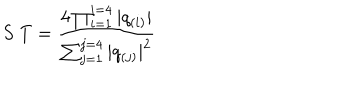
S \; T = { \frac { 4 \prod _ { i = 1 } ^ { i = 4 } | q _ { ( i ) } | } { \sum _ { j = 1 } ^ { j = 4 } | q _ { ( j ) } | ^ { 2 } } }